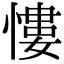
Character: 慺